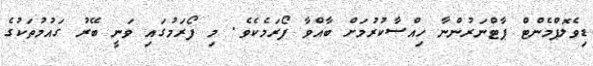
ޑިވެލޮޕްމެންޓް ޕާޓްނަރުންނާ ހިއްސާކުރުމަށް ބާއްވާ ފޯރަމެކެވެ. މި ފޯރަމުގައި ވަނީ ބޭރު ގައުމުތަކުގެ